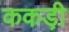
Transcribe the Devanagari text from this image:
ककड़ी़